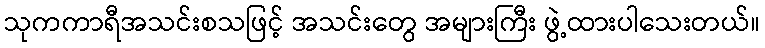
သုကကာရီအသင်းစသဖြင့် အသင်းတွေ အများကြီး ဖွဲ့ထားပါသေးတယ်။